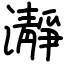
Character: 瀞